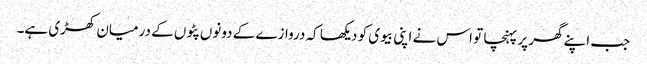
جب اپنے گھر پر پہنچا تو اس نے اپنی بیوی کو دیکھا کہ دروازے کے دونوں پٹوں کے درمیان کھڑی ہے۔